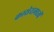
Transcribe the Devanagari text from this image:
कासेरामध्यें